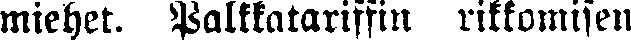
miehet. Palkkatariffin rikkomisen